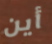
أين